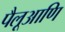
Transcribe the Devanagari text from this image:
पैलूआणि